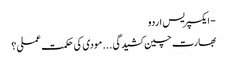
- ایکسپریس اردو
بھارت چین کشیدگی . . . مودی کی حکمت عملی ؟